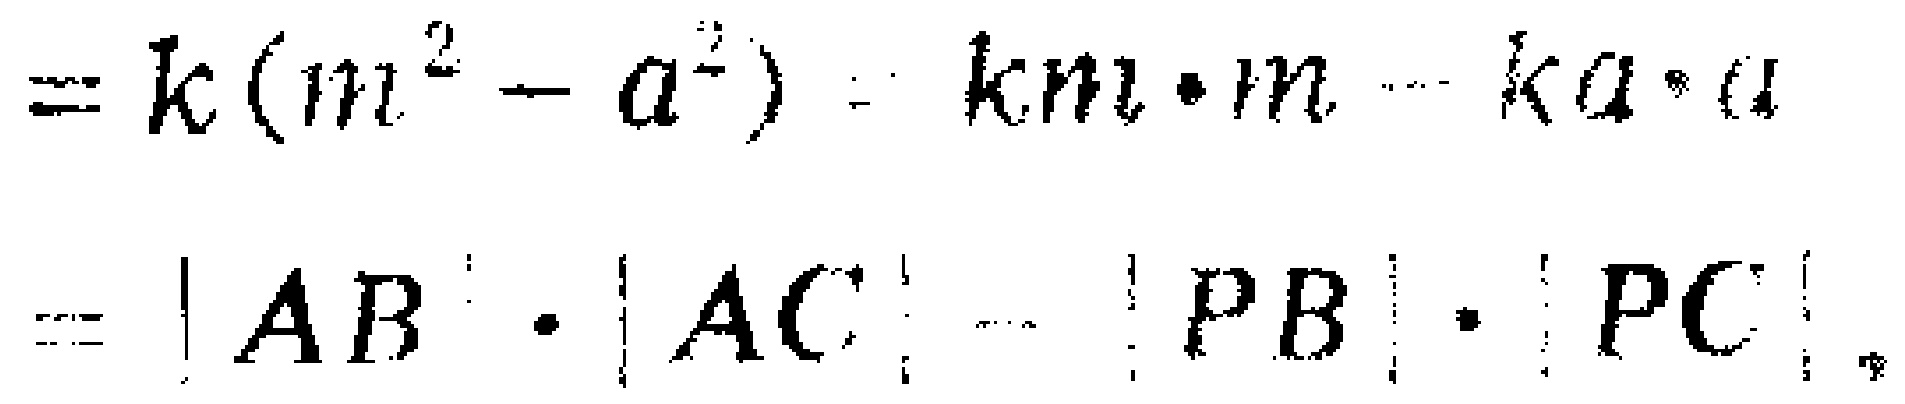
\[
\begin{align*}
&=k(m^{2}-a^{2}) = km\cdot m - ka\cdot a\\
&=|AB|\cdot|AC| - |PB|\cdot|PC|.
\end{align*}
\]